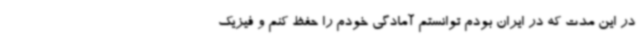
در این مدت که در ایران بودم توانستم آمادگی خودم را حفظ کنم و فیزیک